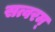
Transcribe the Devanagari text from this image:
सत्वरम्